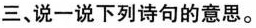
三、说一说下列诗句的意思。